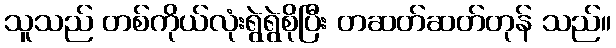
သူသည် တစ်ကိုယ်လုံးရွဲရွဲစိုပြီး တဆတ်ဆတ်တုန် သည်။